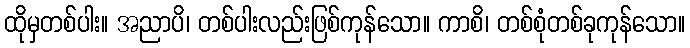
ထိုမှတစ်ပါး။ အညာပိ၊ တစ်ပါးလည်းဖြစ်ကုန်သော။ ကာစိ၊ တစ်စုံတစ်ခုကုန်သော။